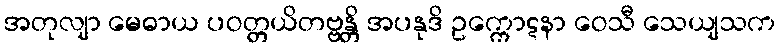
အတုလျာ မေဓာယ ပဝတ္တယိတဗ္ဗန္တိ အပနုဒိ ဥက္ကောဋနာ ဝေသီ သေယျသက